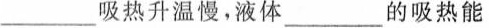
___吸热升温慢。液体_____的吸热能